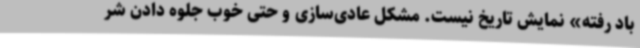
باد رفته» نمایش تاریخ نیست. مشکل عادی‌سازی و حتی خوب جلوه دادن شر